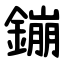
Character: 鏰